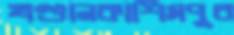
খণ্ডানকাশিমপুর